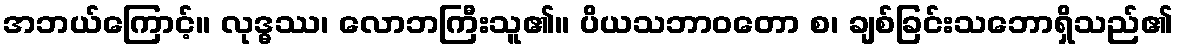
အဘယ်ကြောင့်။ လုဒ္ဓဿ၊ လောဘကြီးသူ၏။ ပိယသဘာဝတော စ၊ ချစ်ခြင်းသဘောရှိသည်၏